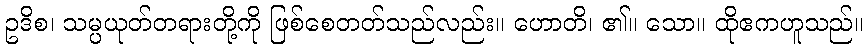
ဥဒိစ၊ သမ္ပယုတ်တရားတို့ကို ဖြစ်စေတတ်သည်လည်း။ ဟောတိ၊ ၏။ သော။ ထိုဧကဟူသည်။